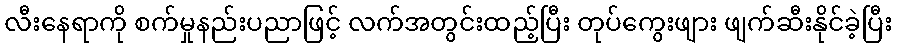
လီးနေရာကို စက်မှုနည်းပညာဖြင့် လက်အတွင်းထည့်ပြီး တုပ်ကွေးဖျား ဖျက်ဆီးနိုင်ခဲ့ပြီး